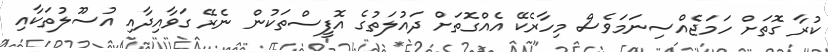
ކުރާ ގޮތަށް ހަމަޖެއްސިނަމަވެސް މިހާރެކޭ އެއްގޮތަށް ދައުލަތުގެ އޮފީސްތަކުން ނެރޭ ގަވާއިދާއި އުސޫލުތަކާއި